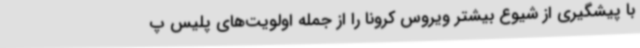
با پیشگیری از شیوع بیشتر ویروس کرونا را از جمله اولویت‌های پلیس پ